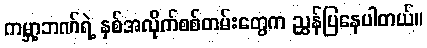
ကမ္ဘာ့ဘဏ်ရဲ့ နှစ်အလိုက်စစ်တမ်းတွေက ညွှန်ပြနေပါတယ်။